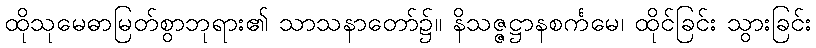
ထိုသုမေဓာမြတ်စွာဘုရား၏ သာသနာတော်၌။ နိသဇ္ဇဋ္ဌာနစင်္ကမေ၊ ထိုင်ခြင်း သွားခြင်း